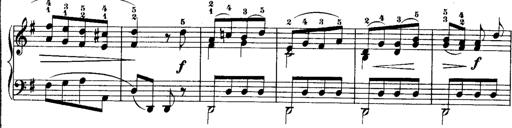
Title: Rondos and Sonatinas for Pianoforte
Composer: Daniel Steibelt